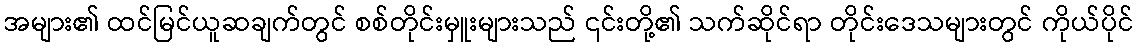
အများ၏ ထင်မြင်ယူဆချက်တွင် စစ်တိုင်းမှူးများသည် ၎င်းတို့၏ သက်ဆိုင်ရာ တိုင်းဒေသများတွင် ကိုယ်ပိုင်